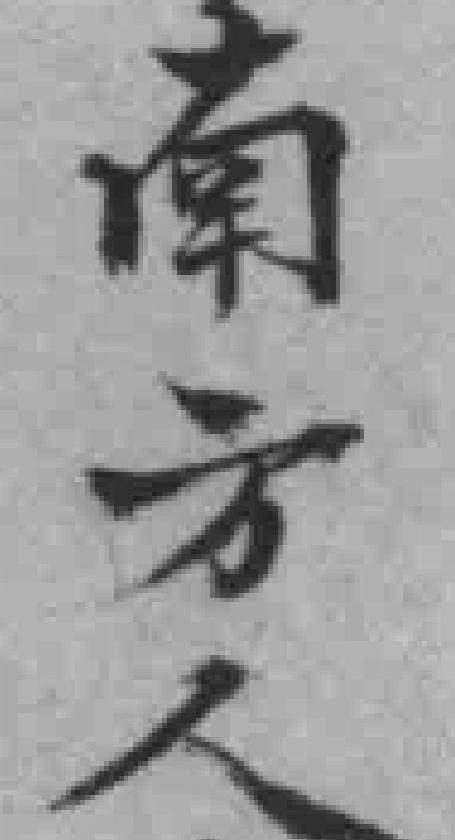
南方人